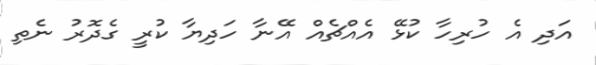
އަދި އެ ހުރިހާ ކުޅޭ އެއްޗެއް އޭނާ ހަދިޔާ ކުރީ ގެދޮރު ނެތި